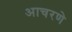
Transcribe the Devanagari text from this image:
आचरणे